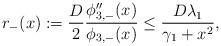
LaTeX: \begin{align*}r_-(x):=\frac D2\frac{\phi_{3,-}''(x)}{\phi_{3,-}(x)}\le \frac{D\lambda_1}{\gamma_1+x^2},\end{align*}